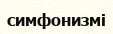
симфонизмі